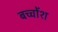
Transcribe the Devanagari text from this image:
बच्चोंश